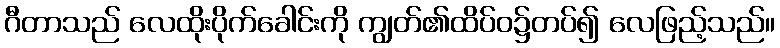
ဂီတာသည် လေထိုးပိုက်ခေါင်းကို ကျွတ်၏ထိပ်ဝ၌တပ်၍ လေဖြည့်သည်။